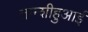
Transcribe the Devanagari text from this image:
तान्शीहुआई